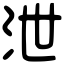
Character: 泄